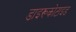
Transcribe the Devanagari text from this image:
डाइरूकोटाइड